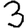
Digit: 3